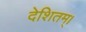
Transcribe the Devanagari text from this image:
देशितम्।